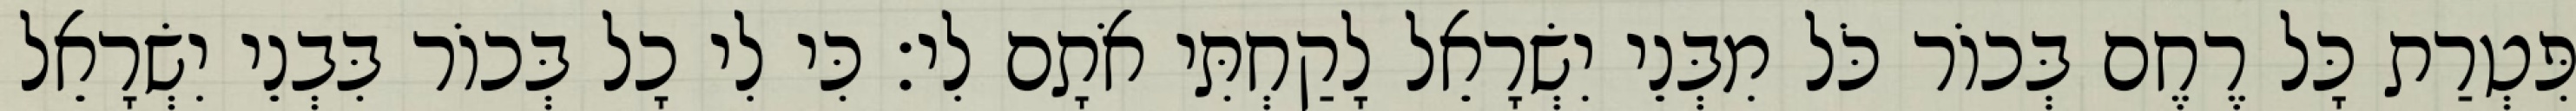
פִּטְרַת כָּל רֶחֶם בְּכוֹר כֹּל מִבְּנֵי יִשְׂרָאֵל לָקַחְתִּי אֹתָם לִי׃ כִּי לִי כָל בְּכוֹר בִּבְנֵי יִשְׂרָאֵל